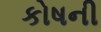
કોષની